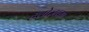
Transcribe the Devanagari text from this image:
हॅलोजच्या